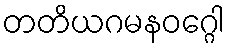
တတိယဂမနဝဂ္ဂေါ